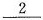
\underline{2}